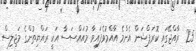
25  ރާއްޖޭގައި ކޮރަޕްޝަން އެންމެ އާއްމުވެފައިވާ މުއައްސަސާ އަކީ ރައްޔިތުންގެ މަޖިލިސް